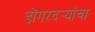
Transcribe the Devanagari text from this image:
डोंगरदर्‍यांचा